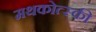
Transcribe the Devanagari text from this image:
मथकोत्स्की